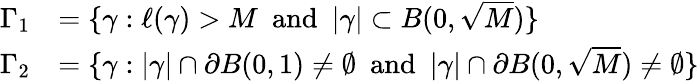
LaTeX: \begin{array}{rl}{\Gamma_{1}}&{=\{ \gamma:\ell(\gamma)>M\, \, \, \textrm{and}\, \, \, |\gamma|\subset B(0,\sqrt{M})\} }\\ {\Gamma_{2}}&{=\{ \gamma:|\gamma|\cap\partial B(0,1)\neq\emptyset\, \, \, \textrm{and}\, \, \, |\gamma|\cap\partial B(0,\sqrt{M})\neq\emptyset\} }\end{array}